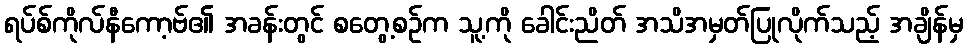
ရပ်စ်ကိုလ်နီကော့ဗ်၏ အခန်းတွင် စတွေ့စဉ်က သူ့ကို ခေါင်းညိတ် အသိအမှတ်ပြုလိုက်သည့် အချိန်မှ